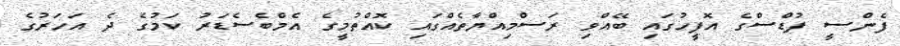
ފެންސީ ފުޑްސްގެ އޮފީހުގައި ބޭއްވި ރަސްމިއްޔާތެއްގައި ކޮއްތުމީގެ އެމްބެސެޑަރު ކަމުގެ ދެ އަހަރުގެ